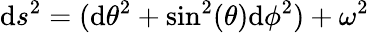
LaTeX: \mathrm{d}s^{2}=(\mathrm{d}{\theta}^{2}+\sin^{2}(\theta)\mathrm{d}{\phi}^{2})+{\omega}^{2}